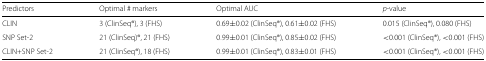
<table><thead><tr><td><b>Predictors</b></td><td><b>Optimal # markers</b></td><td><b>Optimal AUC</b></td><td><b><i>p</i>-value</b></td></tr></thead><tbody><tr><td>CLIN</td><td>3 (ClinSeq®;), 3 (FHS)</td><td>0.69 ±0.02 (ClinSeq®;), 0.61 ±0.02 (FHS)</td><td>0.015 (ClinSeq®;), 0.080 (FHS)</td></tr><tr><td>SNP Set-2</td><td>21 (ClinSeq)®;, 21 (FHS)</td><td>0.99 ±0.01 (ClinSeq®;), 0.85 ±0.02 (FHS)</td><td>&lt;0.001 (ClinSeq®;), &lt;0.001 (FHS)</td></tr><tr><td>CLIN+SNP Set-2</td><td>21 (ClinSeq®;), 18 (FHS)</td><td>0.99 ±0.01 (ClinSeq®;), 0.83 ±0.01 (FHS)</td><td>&lt;0.001 (ClinSeq®;), &lt;0.001 (FHS)</td></tr></tbody></table>